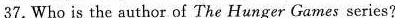
37.Who is the author of The Hunger Games series?